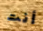
أنت